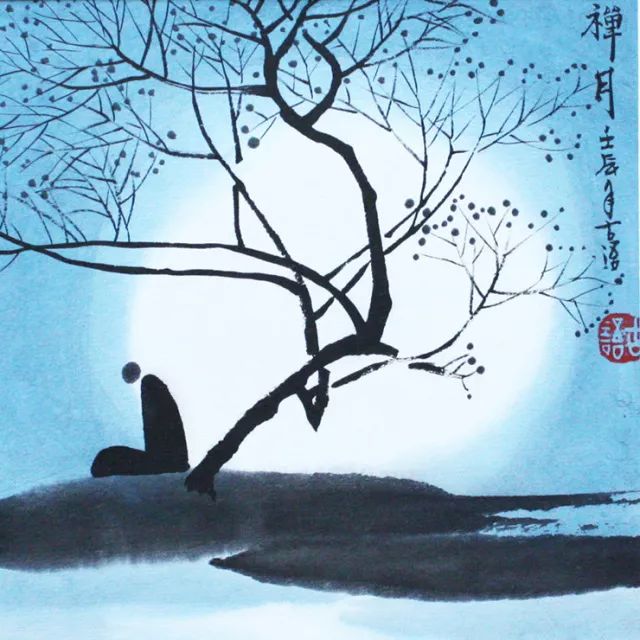
遮莫圆明似前度，不知谁续广寒游。